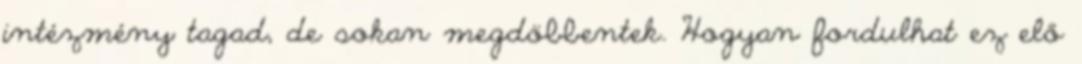
intézmény tagad, de sokan megdöbbentek. Hogyan fordulhat ez elő